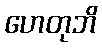
ဟေတုဘိ